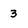
Character: 3